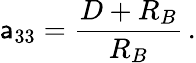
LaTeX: \mathsf{a}_{33}={\frac{{D+R_{B}}}{{R_{B}}}}\, .